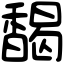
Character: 馤